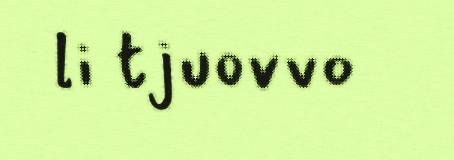
li tjuovvo